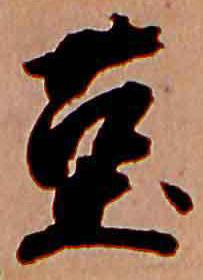
菫